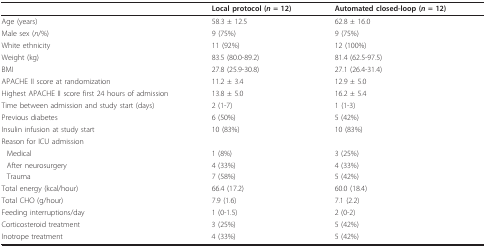
<table><thead><tr><td></td><td><b>Local protocol (<i>n </i>= 12)</b></td><td><b>Automated closed-loop (<i>n </i>= 12)</b></td></tr></thead><tbody><tr><td>Age (years)</td><td>58.3 ± 12.5</td><td>62.8 ± 16.0</td></tr><tr><td>Male sex (<i>n</i>/%)</td><td>9 (75%)</td><td>9 (75%)</td></tr><tr><td>White ethnicity</td><td>11 (92%)</td><td>12 (100%)</td></tr><tr><td>Weight (kg)</td><td>83.5 (80.0-89.2)</td><td>81.4 (62.5-97.5)</td></tr><tr><td>BMI</td><td>27.8 (25.9-30.8)</td><td>27.1 (26.4-31.4)</td></tr><tr><td>APACHE II score at randomization</td><td>11.2 ± 3.4</td><td>12.9 ± 5.0</td></tr><tr><td>Highest APACHE II score first 24 hours of admission</td><td>13.8 ± 5.0</td><td>16.2 ± 5.4</td></tr><tr><td>Time between admission and study start (days)</td><td>2 (1-7)</td><td>1 (1-3)</td></tr><tr><td>Previous diabetes</td><td>6 (50%)</td><td>5 (42%)</td></tr><tr><td>Insulin infusion at study start</td><td>10 (83%)</td><td>10 (83%)</td></tr><tr><td>Reason for ICU admission</td><td></td><td></td></tr><tr><td>Medical</td><td>1 (8%)</td><td>3 (25%)</td></tr><tr><td>After neurosurgery</td><td>4 (33%)</td><td>4 (33%)</td></tr><tr><td>Trauma</td><td>7 (58%)</td><td>5 (42%)</td></tr><tr><td>Total energy (kcal/hour)</td><td>66.4 (17.2)</td><td>60.0 (18.4)</td></tr><tr><td>Total CHO (g/hour)</td><td>7.9 (1.6)</td><td>7.1 (2.2)</td></tr><tr><td>Feeding interruptions/day</td><td>1 (0-1.5)</td><td>2 (0-2)</td></tr><tr><td>Corticosteroid treatment</td><td>3 (25%)</td><td>5 (42%)</td></tr><tr><td>Inotrope treatment</td><td>4 (33%)</td><td>5 (42%)</td></tr></tbody></table>